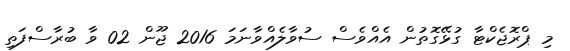
މި ޕްރޮޖެކްޓާ ގުޅޭގޮތުން އެއްވެސް ސުވާލެއްވާނަމަ 2016 ޖޫން 02 ވާ ބުރާސްފަތި